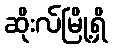
ဆိုးလ်မြို့ရှိ